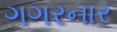
ગગરનાર